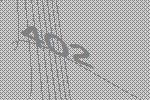
402